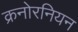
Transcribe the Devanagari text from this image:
क्रनोरनियन